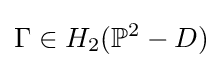
\Gamma \in H_{2}(\mathbb {P} ^{2}-D)